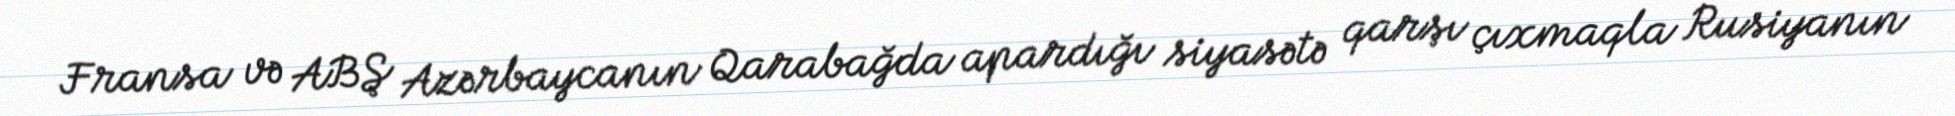
Fransa və ABŞ Azərbaycanın Qarabağda apardığı siyasətə qarşı çıxmaqla Rusiyanın